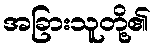
အခြားသူတို့၏